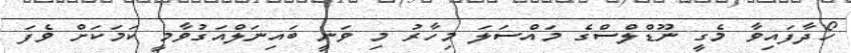
ހޯދާފައިވާ މެގީ ނޫޑްލްސްގެ މައްސަލަ މިހާރު މި ވަނީ ބައިނަލްއަގުވާމީ ކަމަކަށް ވެފަ